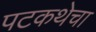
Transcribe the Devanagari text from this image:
पटकथेचा